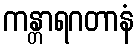
ကန္တာရဂတာနံ